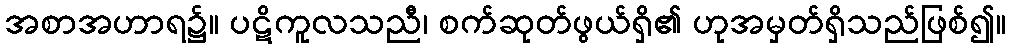
အစာအဟာရ၌။ ပဋိကူလသညီ၊ စက်ဆုတ်ဖွယ်ရှိ၏ ဟုအမှတ်ရှိသည်ဖြစ်၍။